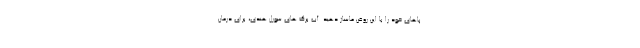
پاهای خود را با این روغن ماساژ دهید. آب برگ های سورل هندی، برای درمان